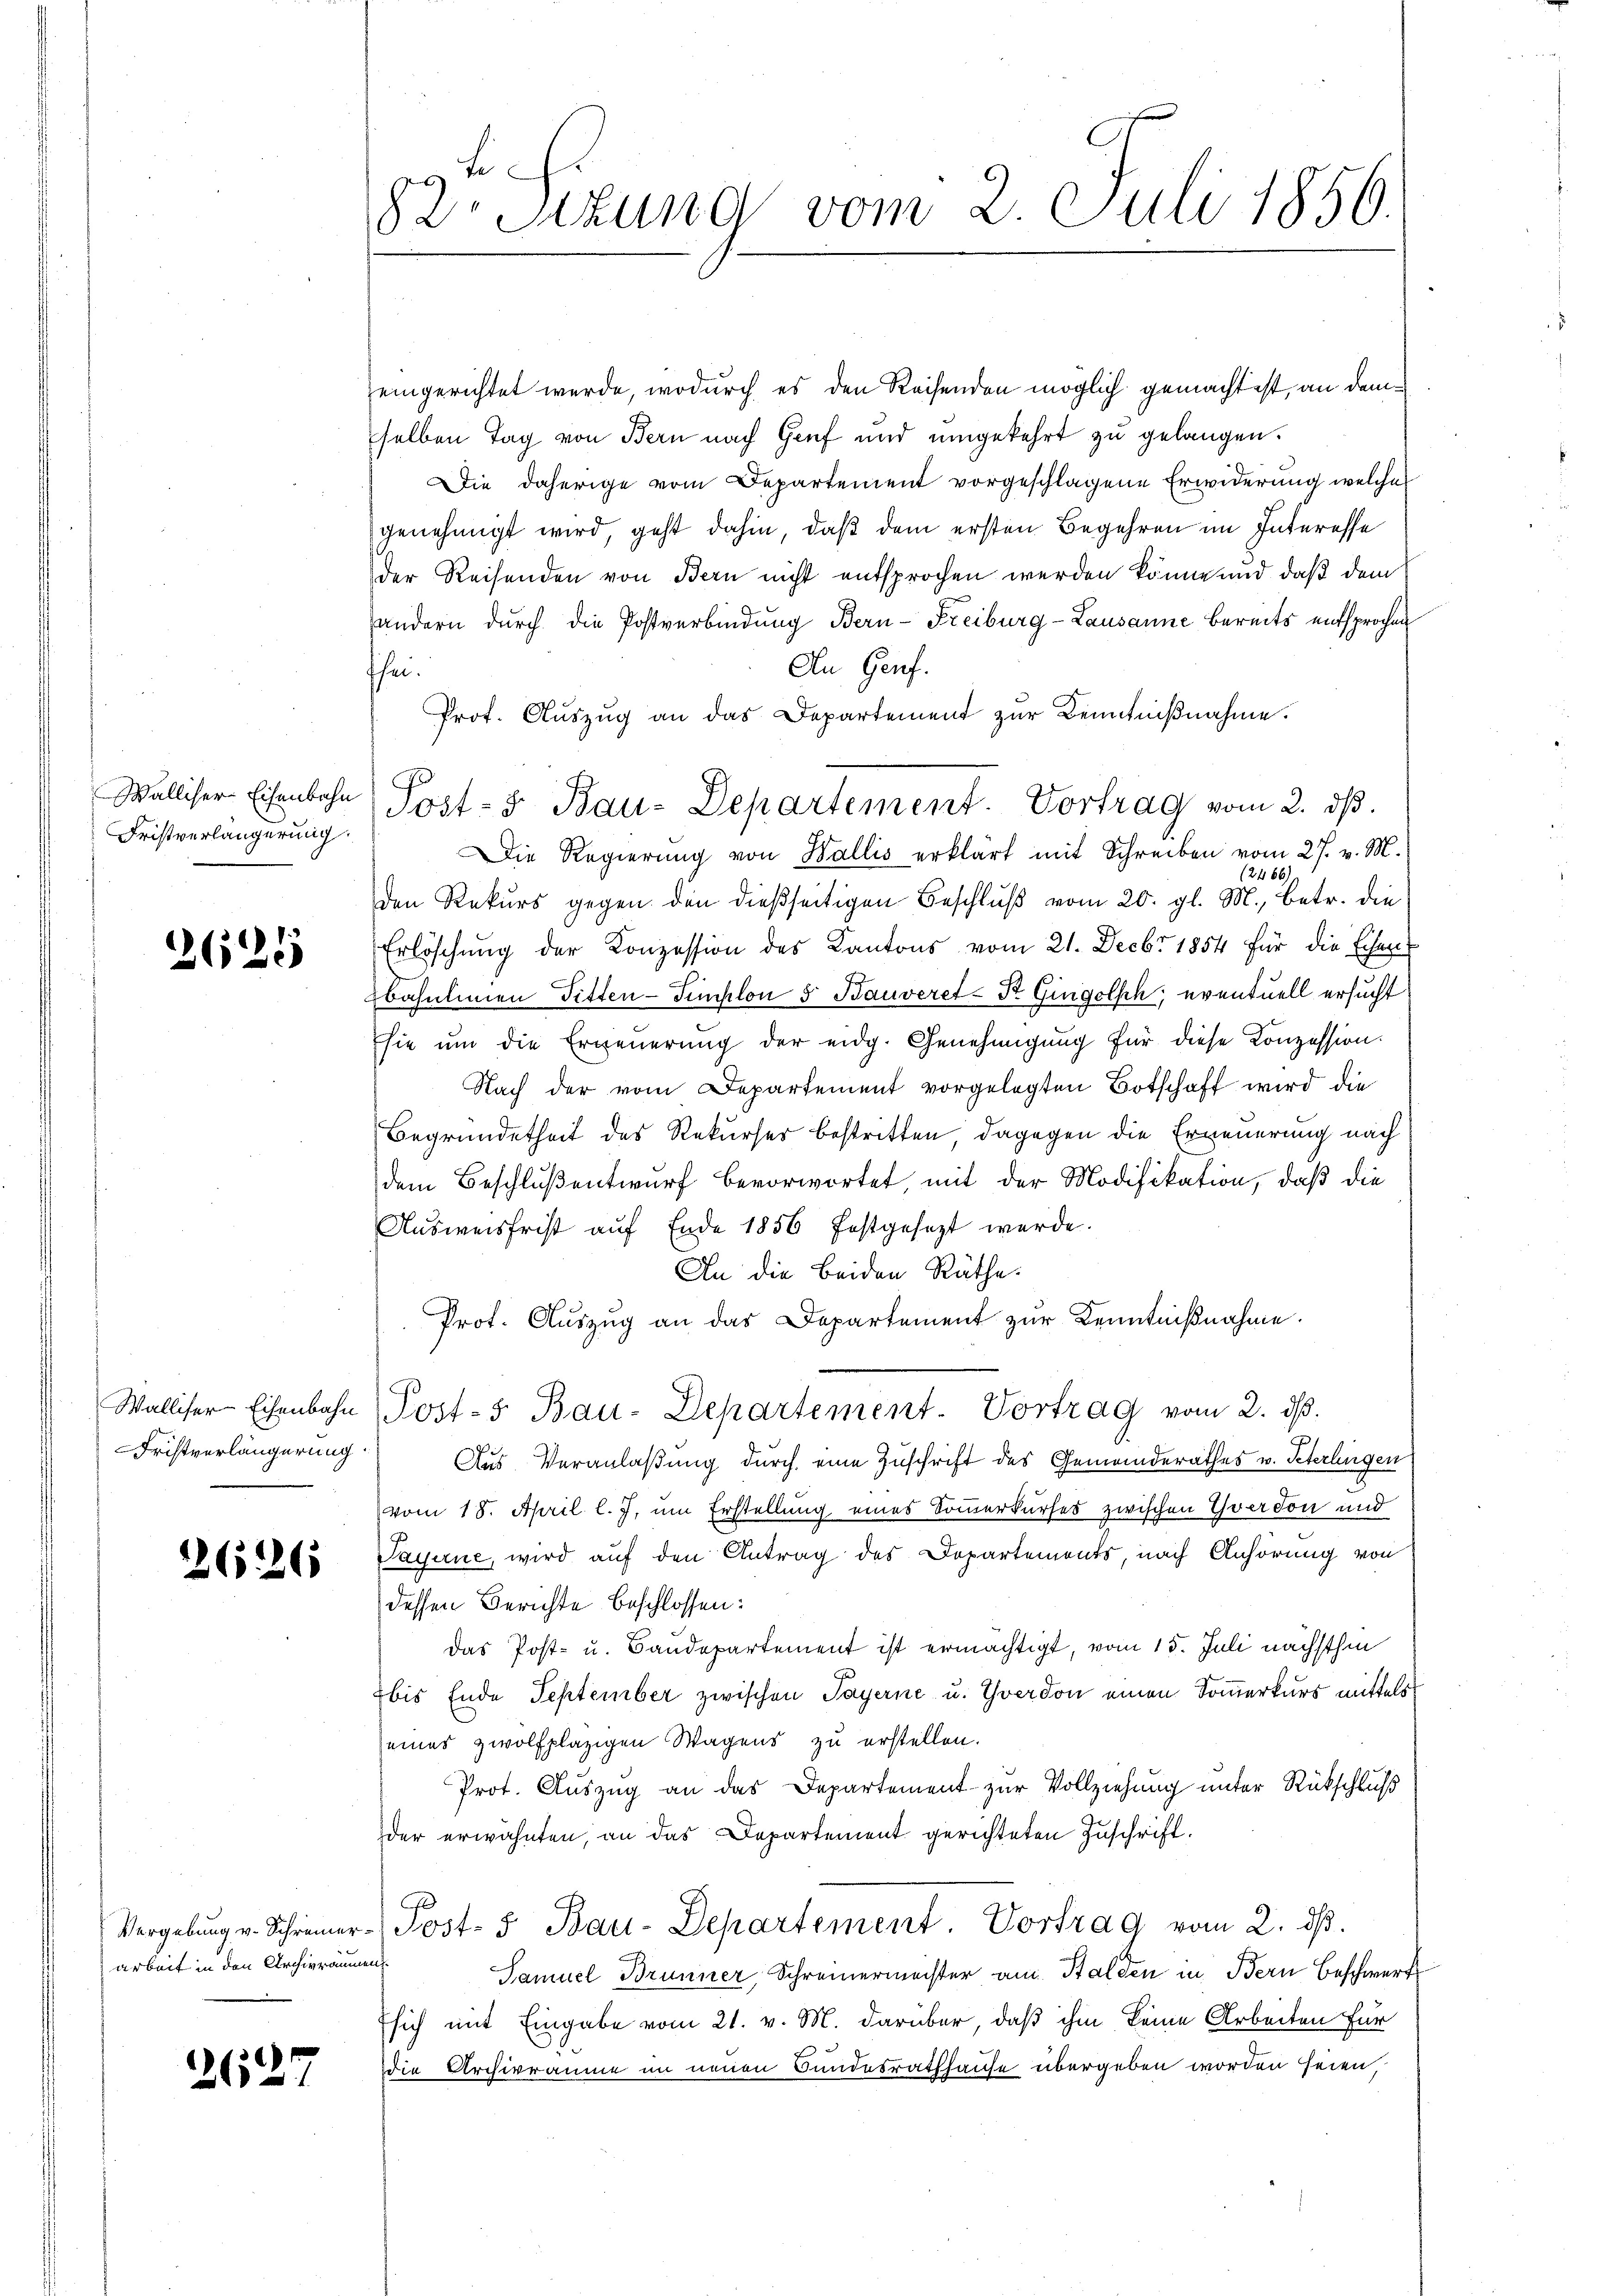
Walliser Eisenbahn
Fristverlängerung.

2628

Walliser-Eisenbahn
Fristverlängerung.

26126

arbeit in den Archivräumen

2627

82. Sizung vom 2. Juli 1856.

eingerichtet werde, wodurch es den Reisenden möglich gemachtest, an dem
selben Tag von Bern nach Genf und umgekehrt zu gelangen.
Die daherige vom Departement vorgeschlagene Erwiderung welche
genehmigt wird, geht dahin, daß dem ersten Begehren im Interesse
der Reisenden von Bern nicht entsprochen werden könne und daß dem
andern durch die Postverbindung Bern-Freiburg-Lausanne bereits entsprochen
An Genf.
fhei.
Prof. Auszug an das Departement zur Kenntnißnahme.
Die Regierŭng von Wallis erklärt mit Schreiben vom 27. v. M.
12486)
den Rekurs gegen den dießseitigen Beschluß vom 20. gl. M., betr. die
Erlöschung der Konzession des Kantons vom 21. Decbr 1854 für die Eisenbahnlinien Fitten-Simplon 5 Bauveret-Dr. Gingelsch; eventuell ersucht
sie um die Erneuerung der eidg. Genehmigung für diese Konzession.
Nach der vom Departement vorgelegten Botschaft wird die
Begründetheit des Rekurser bestritten dagegen die Erneuerung nach
dem Beschluß entwurf bevorwortet, mit der Modifikation, daß die
Ausweisfrist auf Ende 1856 festgesezt werde.
An die beiden Räthe.
Prot. Auszug an das Departement zur Kenntnißnahme.
Posts Bau-Departement-Vortrag vom 2. ds.
Aus Veranlaßung durch eine Zuschrift des Gemeinderathes v. Peterlingen
vom 18. April l. J. um Erstellung eines Sommerkurses zwischen Yverdon und
Payerne, wird auf den Antrag des Departements, nach Anhörung von
dessen Berichte beschlossen:
Das Post- u. Baudepartement ist ermächtigt, vom 15. Juli nächsthin
bis Ende September zwischen Payerne u. Yverdon einen Somerkurs mittels
seines zwolfplazigen Wagens zu erstellen.
Prot. Auszug an das Departement zur Vollziehung unter Rückschluß
der erwähnten, an das Departement gerichteten Zuschrift.
Vergebŭng u. Schreiner-Post- & Bau-Departement. Vortrag vom 2. dβ.
Samuel Brunner, Schreinermeister am Balden in Bern Beschwert
sich mit Eingabe vom 21. v. M. darüber, daß ihm keine Arbeiten für
die Archivräume im neuen Bundesrathhause übergeben worden seien,

Post- & Bau-Departement. Vortrag vom 2. dβ.